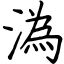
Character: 溈